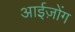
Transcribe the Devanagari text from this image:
आईज़ोंग